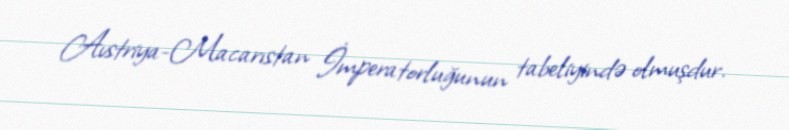
Avstriya-Macarıstan İmperatorluğunun tabeliyində olmuşdur.